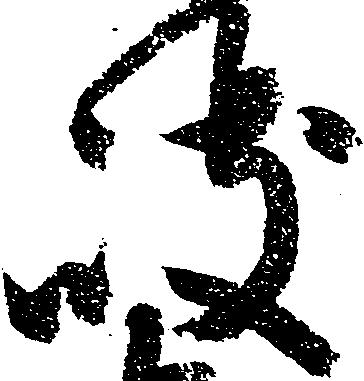
岐